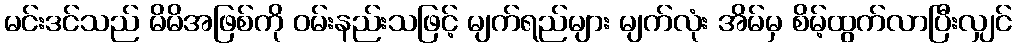
မင်းဒင်သည် မိမိအဖြစ်ကို ဝမ်းနည်းသဖြင့် မျက်ရည်များ မျက်လုံး အိမ်မှ စိမ့်ထွက်လာပြီးလျှင်